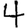
Digit: 4